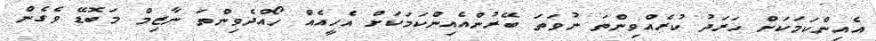
އެއިންކަމަކަށް ހަރަދު ކުރެއްވިންތަ ނުވަތަ ބޭރުންއެއިންކަމަކަށް އެހީއެއް ހޯއްދެވިންތަ ނާޒިމް މަބޮޑޭ ވެގެން